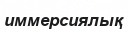
иммерсиялық